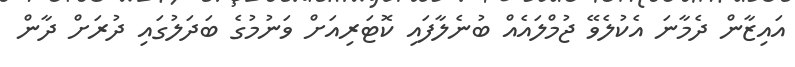
އައިޒާން ދެމާނަ އެކުލެވޭ ޖުމްލައެއް ބުނެލާފައި ކޮޓަރިއަށް ވަނުމުގެ ބަދަލުގައި ދުރަށް ދާން